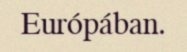
Európában.